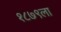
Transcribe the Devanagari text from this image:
१८७९ला